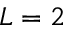
L = 2